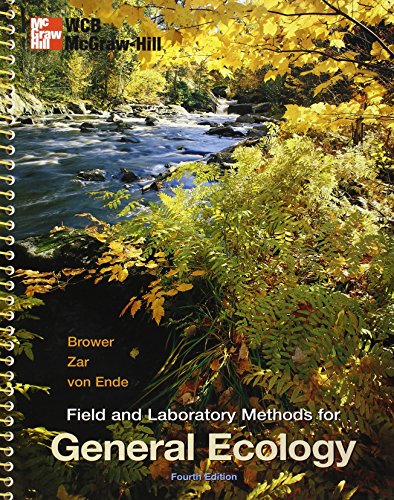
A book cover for Field and Laboratory Methods for General Ecology; James Brower; Medical Books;